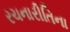
રચનારીતિના